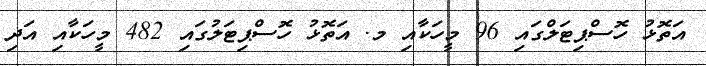
އަތޮޅު ހޮސްޕިޓަލްގައި 96 މީހަކާއި މ. އަތޮޅު ހޮސްޕިޓަލުގައި 482 މީހަކާއި އަދި